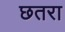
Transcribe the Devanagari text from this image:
छतरा